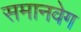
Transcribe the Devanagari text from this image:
समानवेग